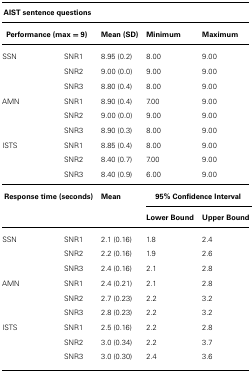
| <COLSPAN=5> AIST sentence questions |
 | --- | --- | --- | --- | --- |
 | <COLSPAN=2> Performance (max = 9) | Mean (SD) | Minimum | Maximum |  |
 | SSN | SNR1 | 8.95 (0.2) | 8.00 | 9.00 |
 |  | SNR2 | 9.00 (0.0) | 9.00 | 9.00 |
 |  | SNR3 | 8.80 (0.4) | 8.00 | 9.00 |
 | AMN | SNR1 | 8.90 (0.4) | 7.00 | 9.00 |
 |  | SNR2 | 9.00 (0.0) | 9.00 | 9.00 |
 |  | SNR3 | 8.90 (0.3) | 8.00 | 9.00 |
 | ISTS | SNR1 | 8.85 (0.4) | 8.00 | 9.00 |
 |  | SNR2 | 8.40 (0.7) | 7.00 | 9.00 |
 |  | SNR3 | 8.40 (0.9) | 6.00 | 9.00 |
 | <COLSPAN=2> Response time (seconds) | Mean | <COLSPAN=2> 95% Confidence Interval |
 |  |  |  | Lower Bound | Upper Bound |
 | SSN | SNR1 | 2.1 (0.16) | 1.8 | 2.4 |
 |  | SNR2 | 2.2 (0.16) | 1.9 | 2.6 |
 |  | SNR3 | 2.4 (0.16) | 2.1 | 2.8 |
 | AMN | SNR1 | 2.4 (0.21) | 2.1 | 2.8 |
 |  | SNR2 | 2.7 (0.23) | 2.2 | 3.2 |
 |  | SNR3 | 2.8 (0.23) | 2.2 | 3.2 |
 | ISTS | SNR1 | 2.5 (0.16) | 2.2 | 2.8 |
 |  | SNR2 | 3.0 (0.34) | 2.2 | 3.7 |
 |  | SNR3 | 3.0 (0.30) | 2.4 | 3.6 |